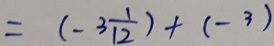
= ( - 3 \frac { 1 } { 1 2 } ) + ( - 3 )